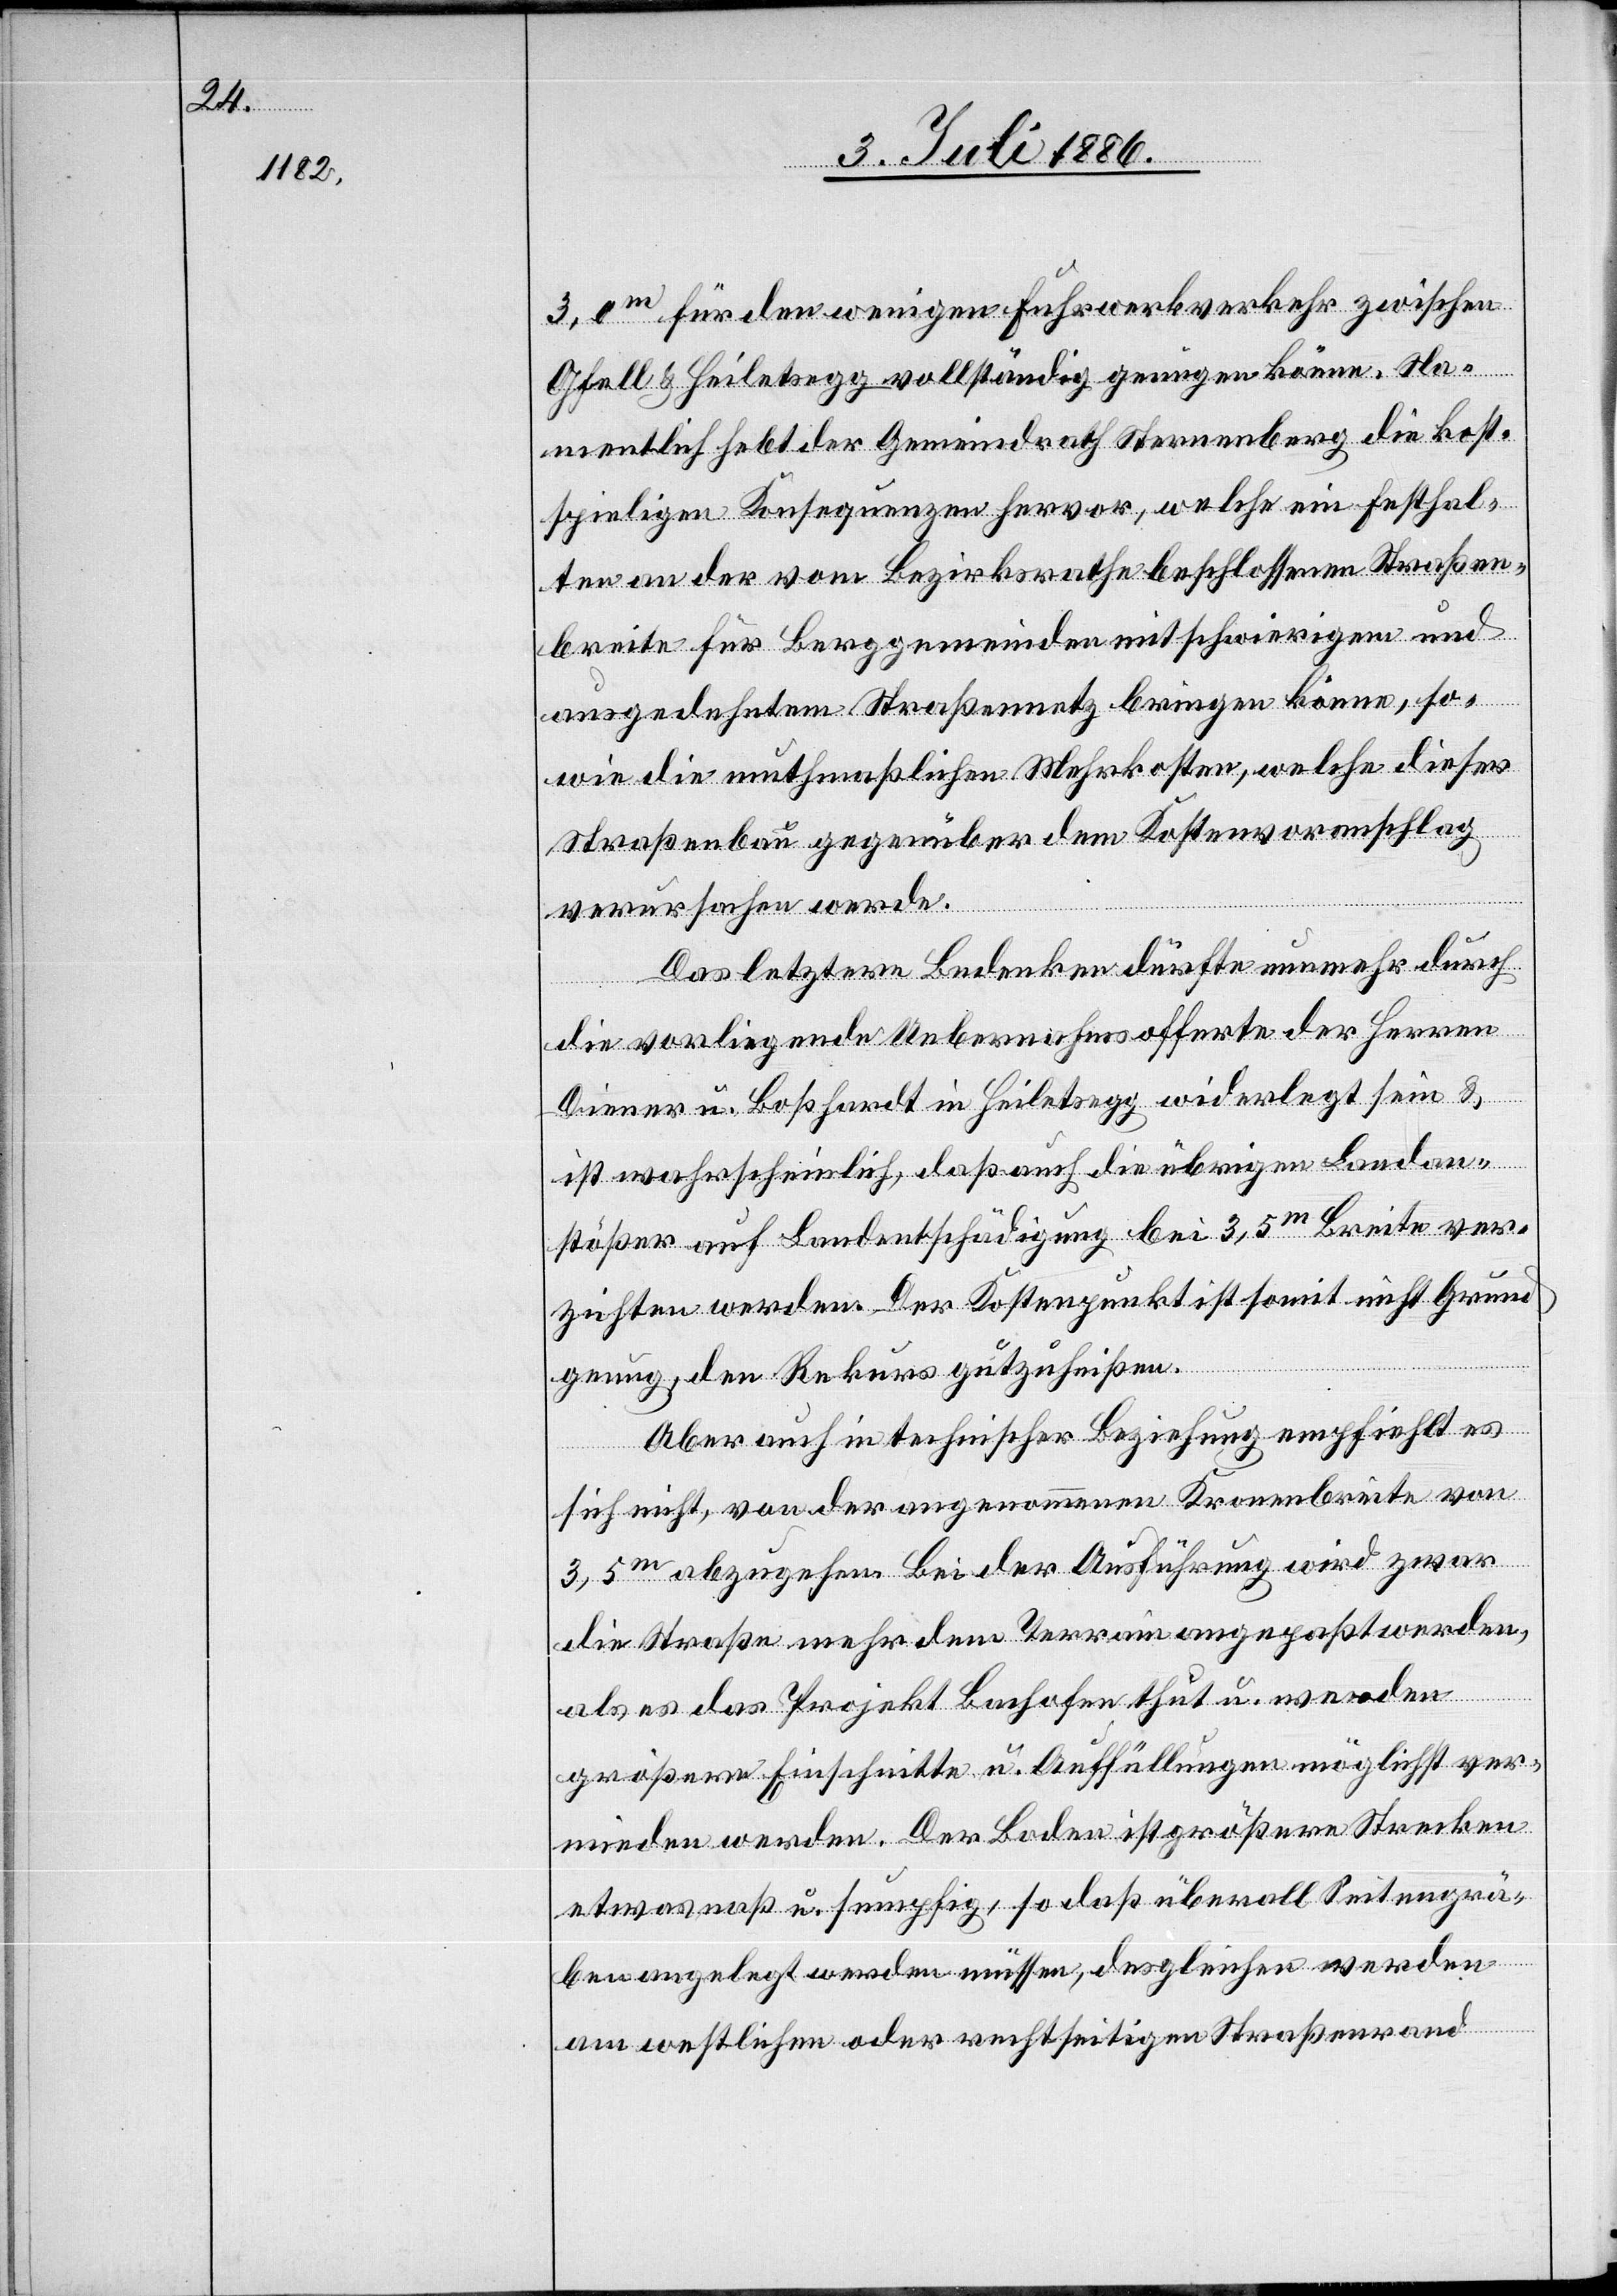
3,0m für den wenigen Fuhrwerkverkehr zwischen
Gfell & Heiletsegg vollständig genügen könne. Na¬
mentlich hebt der Gemeindrath Sternenberg die kost¬
spieligen Konsequenzen hervor, welche ein Festhal¬
ten an der vom Bezirksrathe beschlossenen Straßen¬
breite für Berggemeinden mit schwierigem und
ausgedehntem Straßennetz bringen könne, so¬
wie die muthmaßlichen Mehrkosten, welche dieser
Straßenbau gegenüber dem Kostenvoranschlag
verursachen werde.
Das letztere Bedenken dürfte nunmehr durch
die vorliegende Uebernahmsofferte der Herren
Diener u. Boßhardt [sic!] in Heiletsegg widerlegt sein &
ist wahrscheinlich, daß auch die übrigen Landan¬
stößer auf Landentschädigung bei 3,5m Breite ver¬
zichten werden. Der Kostenpunkt ist somit nicht Grund
genug, den Rekurs gutzuheißen.
Aber auch in technischer Beziehung empfiehlt es
sich nicht, von der angenommenen Kronenbreite von
3,5m abzugehen. Bei der Ausführung wird zwar
die Straße mehr dem Terrain angepaßt werden,
als es das Projekt Bachofen thut u. werden
größere Einschnitte u. Auffüllungen möglichst ver¬
mieden werden. Der Boden ist größere Strecken
etwas naß u. sumpfig, so daß überall Seitengrä¬
ben angelegt werden müssen, desgleichen werden
am westlichen oder rechtseitigen Straßenrand